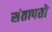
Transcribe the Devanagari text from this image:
संतापतो